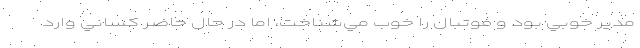
مدير خوبي بود و فوتبال را خوب مي‌شناخت، اما در حال حاضر كساني وارد